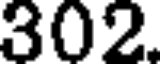
302.